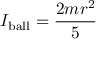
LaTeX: I _ { \mathrm { b a l l } } = { \frac { 2 m r ^ { 2 } } { 5 } }